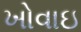
ખોવાઇ